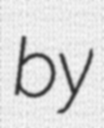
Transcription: by